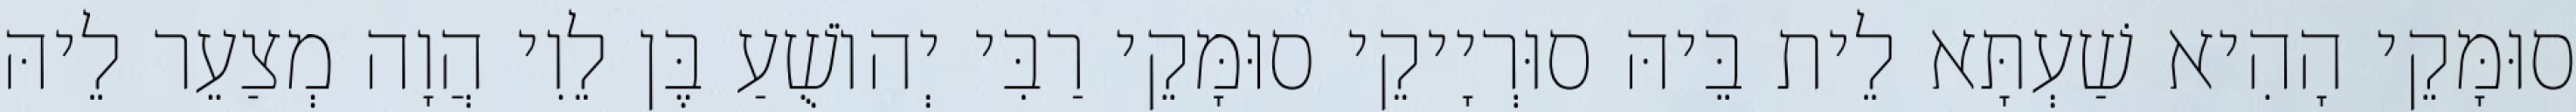
סוּמָּקֵי הָהִיא שַׁעְתָּא לֵית בֵּיהּ סוּרְיָיקֵי סוּמָּקֵי רַבִּי יְהוֹשֻׁעַ בֶּן לֵוִי הֲוָה מְצַעֵר לֵיהּ